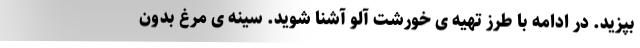
بپزید. در ادامه با طرز تهیه ی خورشت آلو آشنا شوید. سینه ی مرغ بدون